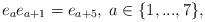
LaTeX: \begin{align*}e_{a}e_{a+1} = e_{a+5}, \; a\in\{1,...,7\},\end{align*}